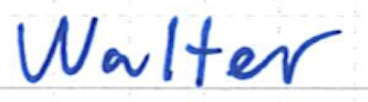
Text: Walter
Cross-out: clean
Writing tool: ballpoint